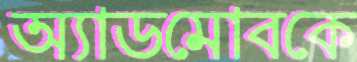
অ্যাডমোবকে